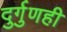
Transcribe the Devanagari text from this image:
दुर्गुणही